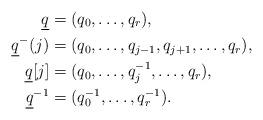
LaTeX: \begin{align*}\underline q &= (q_0,\ldots,q_r), \\\underline q^{-}(j) &= (q_0, \ldots, q_{j-1},q_{j+1},\ldots,q_r), \\\underline q [j] &= (q_0,\ldots,q_j^{-1},\ldots,q_r ) , \\\underline q^{-1}&= (q_0^{-1},\ldots,q_r^{-1}). \end{align*}